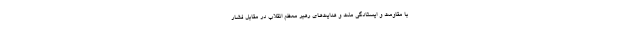
با مقاومت و ایستادگی ملت و هدایت‌های رهبر معظم انقلاب در مقابل فشار